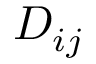
D _ { i j }